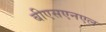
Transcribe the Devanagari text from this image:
बीएसएनएल